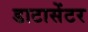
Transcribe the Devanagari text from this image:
डाटासेंटर